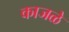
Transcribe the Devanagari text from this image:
काजळे